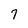
Character: 7